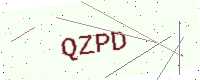
Text: QZPD